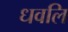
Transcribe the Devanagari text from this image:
धवलि